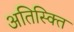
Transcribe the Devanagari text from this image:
अतिस्क्ति